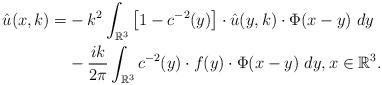
LaTeX: \begin{align*}\hat u(x, k)=& -k^2\int_{\mathbb{R}^3}\left[1-c^{-2}(y)\right]\cdot \hat{u}(y, k)\cdot\Phi(x-y)\ dy\\& -\frac{ik}{2\pi}\int_{\mathbb{R}^3} c^{-2}(y)\cdot f(y)\cdot \Phi(x-y)\ dy,x\in\mathbb{R}^3. \end{align*}